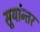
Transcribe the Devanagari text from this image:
सूर्यान्तर